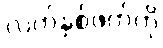
လက်နှစ်ဖက်ကို